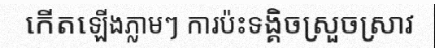
កើតឡើងភ្លាមៗ ការប៉ះទង្គិចស្រួចស្រាវ